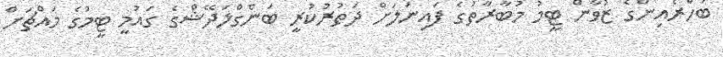
ބަހްރެއިންގެ ޒުވާން ޓީމު މުބާރާތުގެ ފައިނަލަށް ދަތުރުކުރީ ބަންގްލަދޭޝްގެ ގައުމީ ޓީމުގެ މައްޗަށް